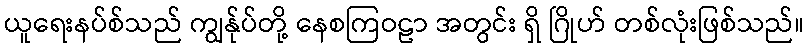
ယူရေးနပ်စ်သည် ကျွန်ုပ်တို့ နေစကြဝဠာ အတွင်း ရှိ ဂြိုဟ် တစ်လုံးဖြစ်သည်။